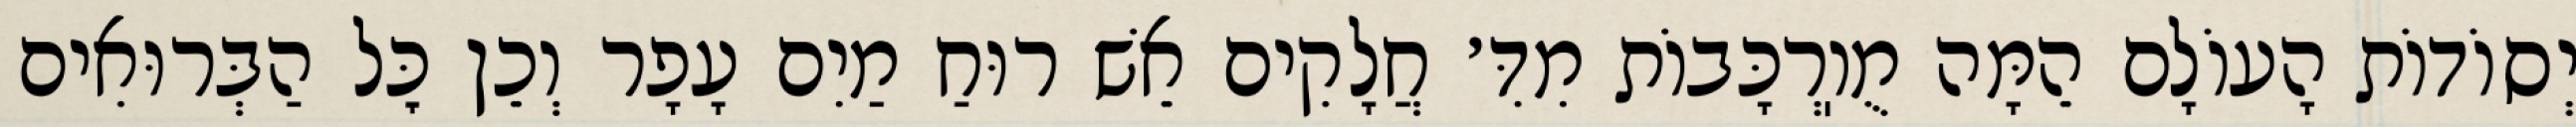
יְסוֹדוֹת הָעוֹלָם הֵמָּה מֻוֽרְכָּבוֹת מִדִּ׳ חֲלָקִים אֵשׁ רוּחַ מַיִם עָפָר וְכֵן כׇּל הַבְּרוּאִים